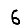
Digit: 6